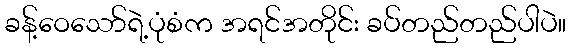
ခန့်ဝေသော်ရဲ့ပုံစံက အရင်အတိုင်း ခပ်တည်တည်ပါပဲ။